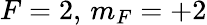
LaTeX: F=2,\, m_{F}=+2